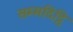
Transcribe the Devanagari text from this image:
सम्मदिट्ठि